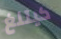
كيتنغ